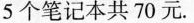
5个笔记本共70元。